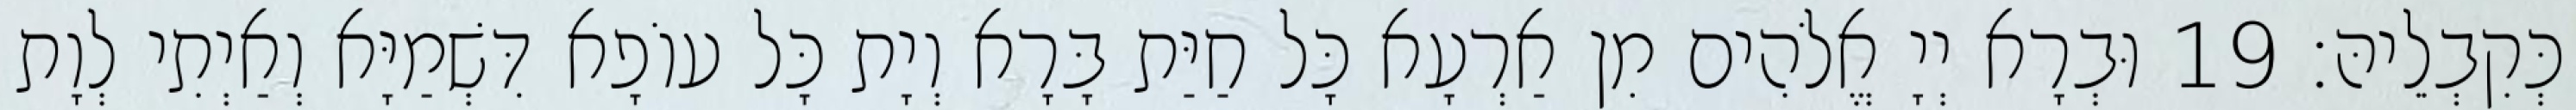
כְּקִבְלֵיהּ׃ 19 וּבְרָא יְיָ אֱלֹהִים מִן אַרְעָא כָּל חַיַּת בָּרָא וְיָת כָּל עוֹפָא דִּשְׁמַיָּא וְאַיְתִי לְוָת